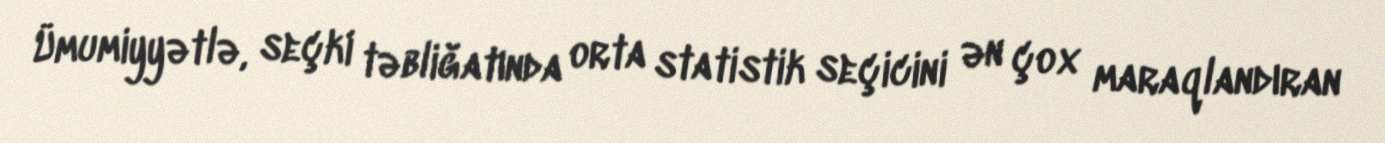
Ümumiyyətlə, seçki təbliğatında orta statistik seçicini ən çox maraqlandıran